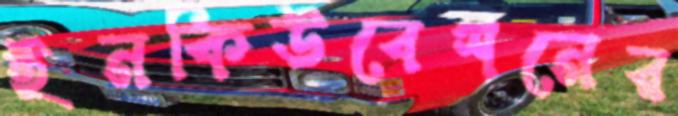
ইনকিউবেশনের